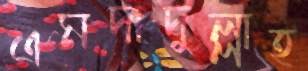
এমদাদুল্লাহ